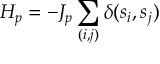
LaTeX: H _ { p } = - J _ { p } \sum _ { ( i , j ) } \delta ( s _ { i } , s _ { j } )